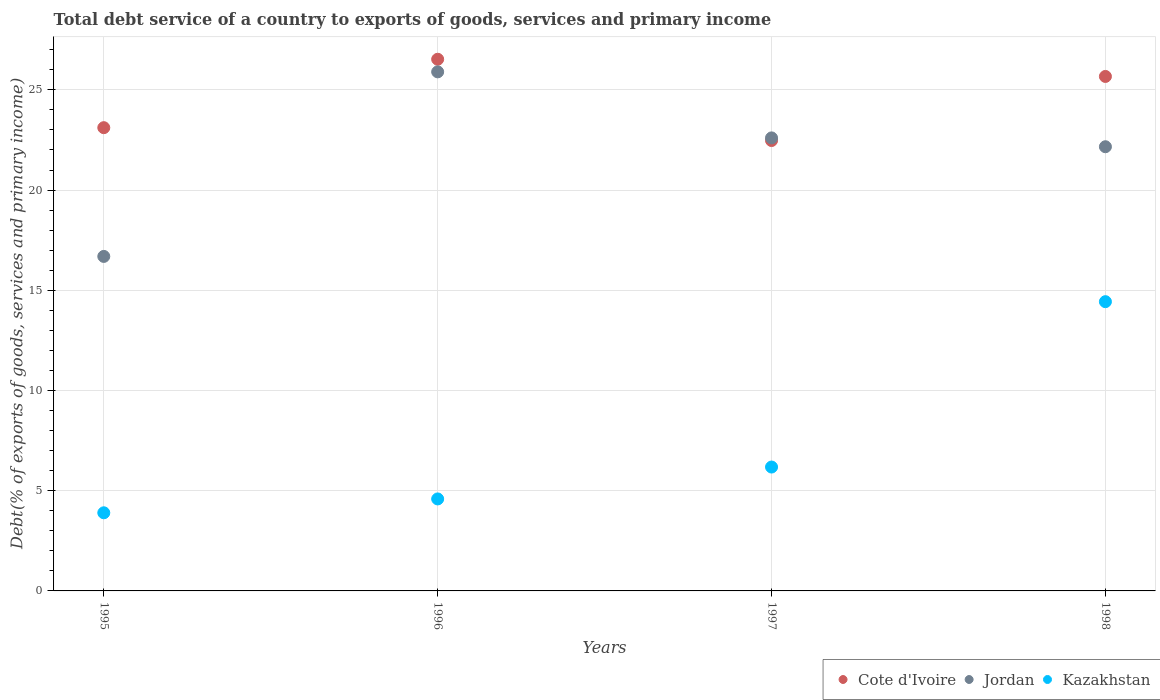
| Years | Cote d'Ivoire | Jordan | Kazakhstan |
 | --- | --- | --- | --- |
 | 1995 | 23.1 | 16.7 | 3.9 |
 | 1996 | 26.5 | 25.9 | 4.59 |
 | 1997 | 22.5 | 22.6 | 6.18 |
 | 1998 | 25.7 | 22.2 | 14.4 |